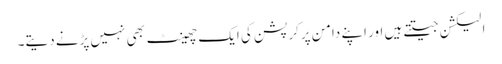
الیکشن جیتتے ہیں اور اپنے دامن پرکرپشن کی ایک چھینٹ بھی نہیں پڑنے دیتے۔